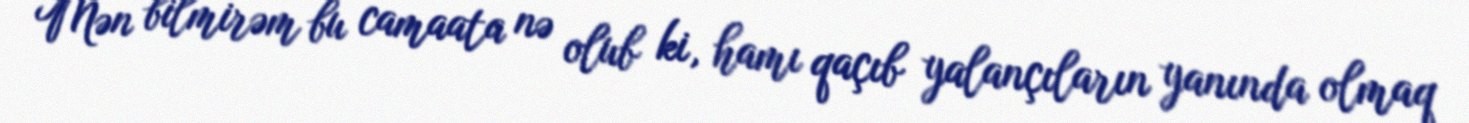
Mən bilmirəm bu camaata nə olub ki, hamı qaçıb yalançıların yanında olmaq